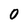
Character: O